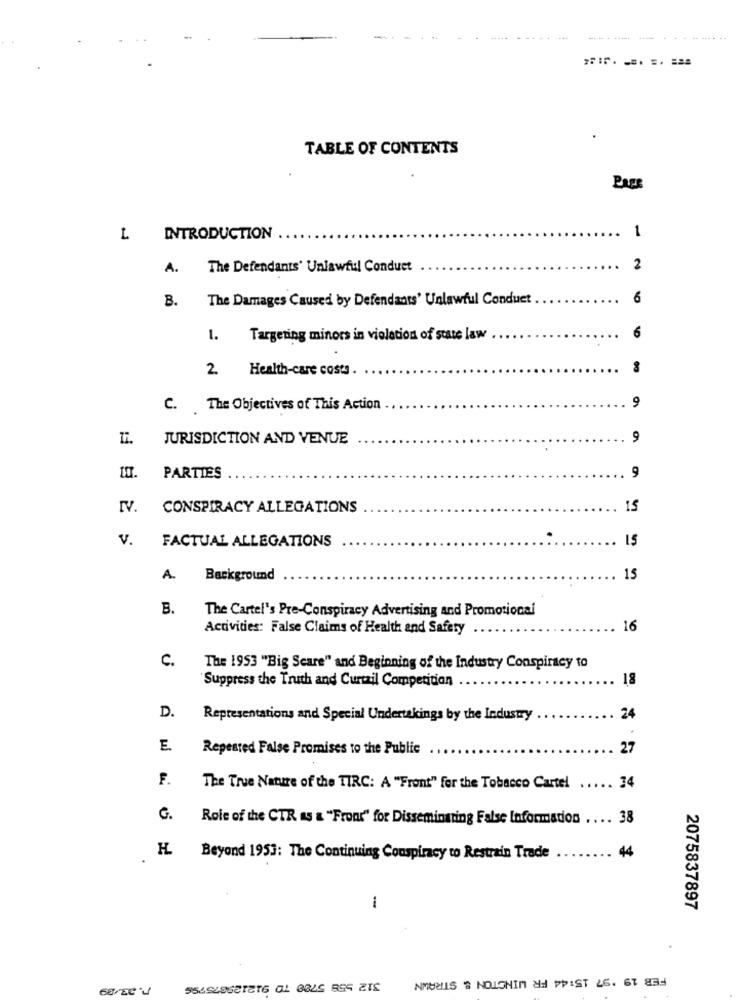
----------
TABLE OF CONTENTS
Page
1
L
INTRODUCTION
..
A.
The Defendants' Unlawful Conduct
2
B.
The Damages Caused by Defendants' Unlawful Conduet
6
1. Targeting minors in violation of state law
6
2. Health-care costs.
9
C. The Objectives of This Action
Ii.
JURISDICTION AND VENUE
9
9
I. PARTIES
CONSPIRACY ALLEGATIONS
15
v.
FACTUAL ALLEGATIONS
15
A.
Background
15
B.
The Cartel's Pre-Conspiracy Advertising and Promotional
Activities: False Claims of Health and Safety
16
C.
The 1953 "Big Scare" and Beginning of the Industry Conspiracy to
"Suppress the Truth and Curtail Competition
18
D.
Representations and Special Undertakings by the Industry
24
E.
Repeated False Promises to the Public
27
F.
The True Nature of the TIRC: A "Front" for the Tobacco Cartel ..... 34
G.
Role of the CTR as & "Front" for Disseminating False Informadon .... 38
44
Beyond 1953: The Continuing Conspiracy to Restrain Trade
1
2075837897
FEB 19 '97 15:44 FR WINSTON & STRAWN